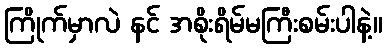
ကြိုက်မှာလဲ နင် အစိုးရိမ်မကြီးစမ်းပါနဲ့။